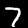
Label: 7